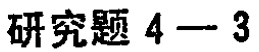
研究题 4—3